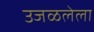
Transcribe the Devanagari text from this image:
उजळलेला